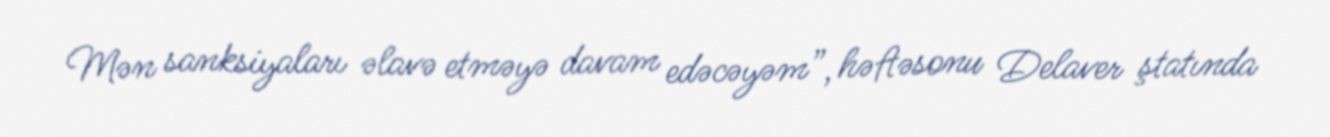
Mən sanksiyaları əlavə etməyə davam edəcəyəm”, həftəsonu Delaver ştatında